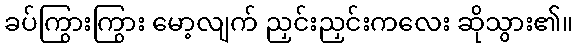
ခပ်ကြွားကြွား မော့လျက် ညှင်းညှင်းကလေး ဆိုသွား၏။